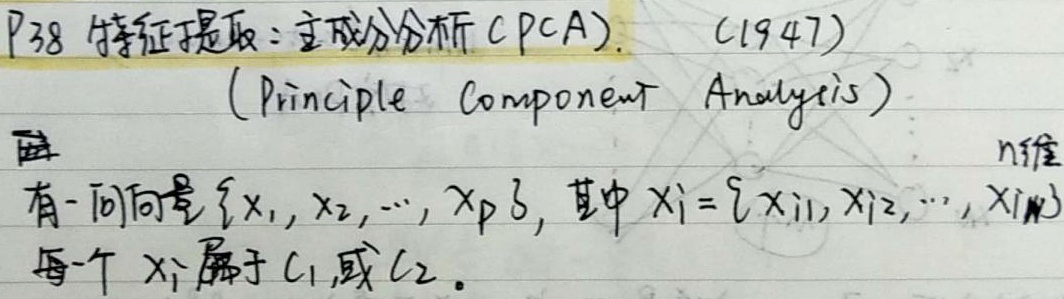
P38 特征提取：主成分分析 (PCA).  (1947)(Principle Component Analysis)
有一组向量 \(\{x_1, x_2, \cdots, x_p\}\)，其中 \(x_i = \{x_{i1}, x_{i2}, \cdots, x_{in}\}\)，每个 \(x_i\) 属于 \(C_1\) 或 \(C_2\)。